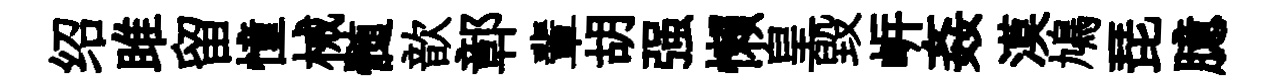
绍雎留憧械髄歆鄣輩胡强懒皇毁㟁姦漠鳩琵臆